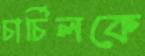
চার্চিলকে